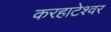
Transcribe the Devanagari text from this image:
करहाटेश्वर